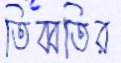
তিব্বতির